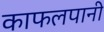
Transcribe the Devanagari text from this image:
काफलपानी